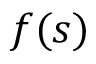
f ( s )